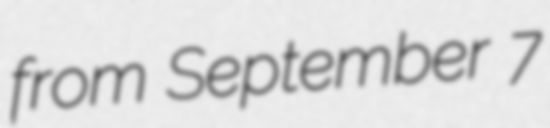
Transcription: from September 7